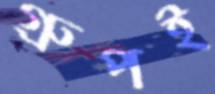
গ্রুপই